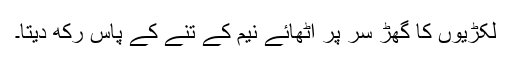
لکڑیوں کا گھڑ سر پر اُٹھائے نیم کے تنے کے پاس رکھ دیتا۔